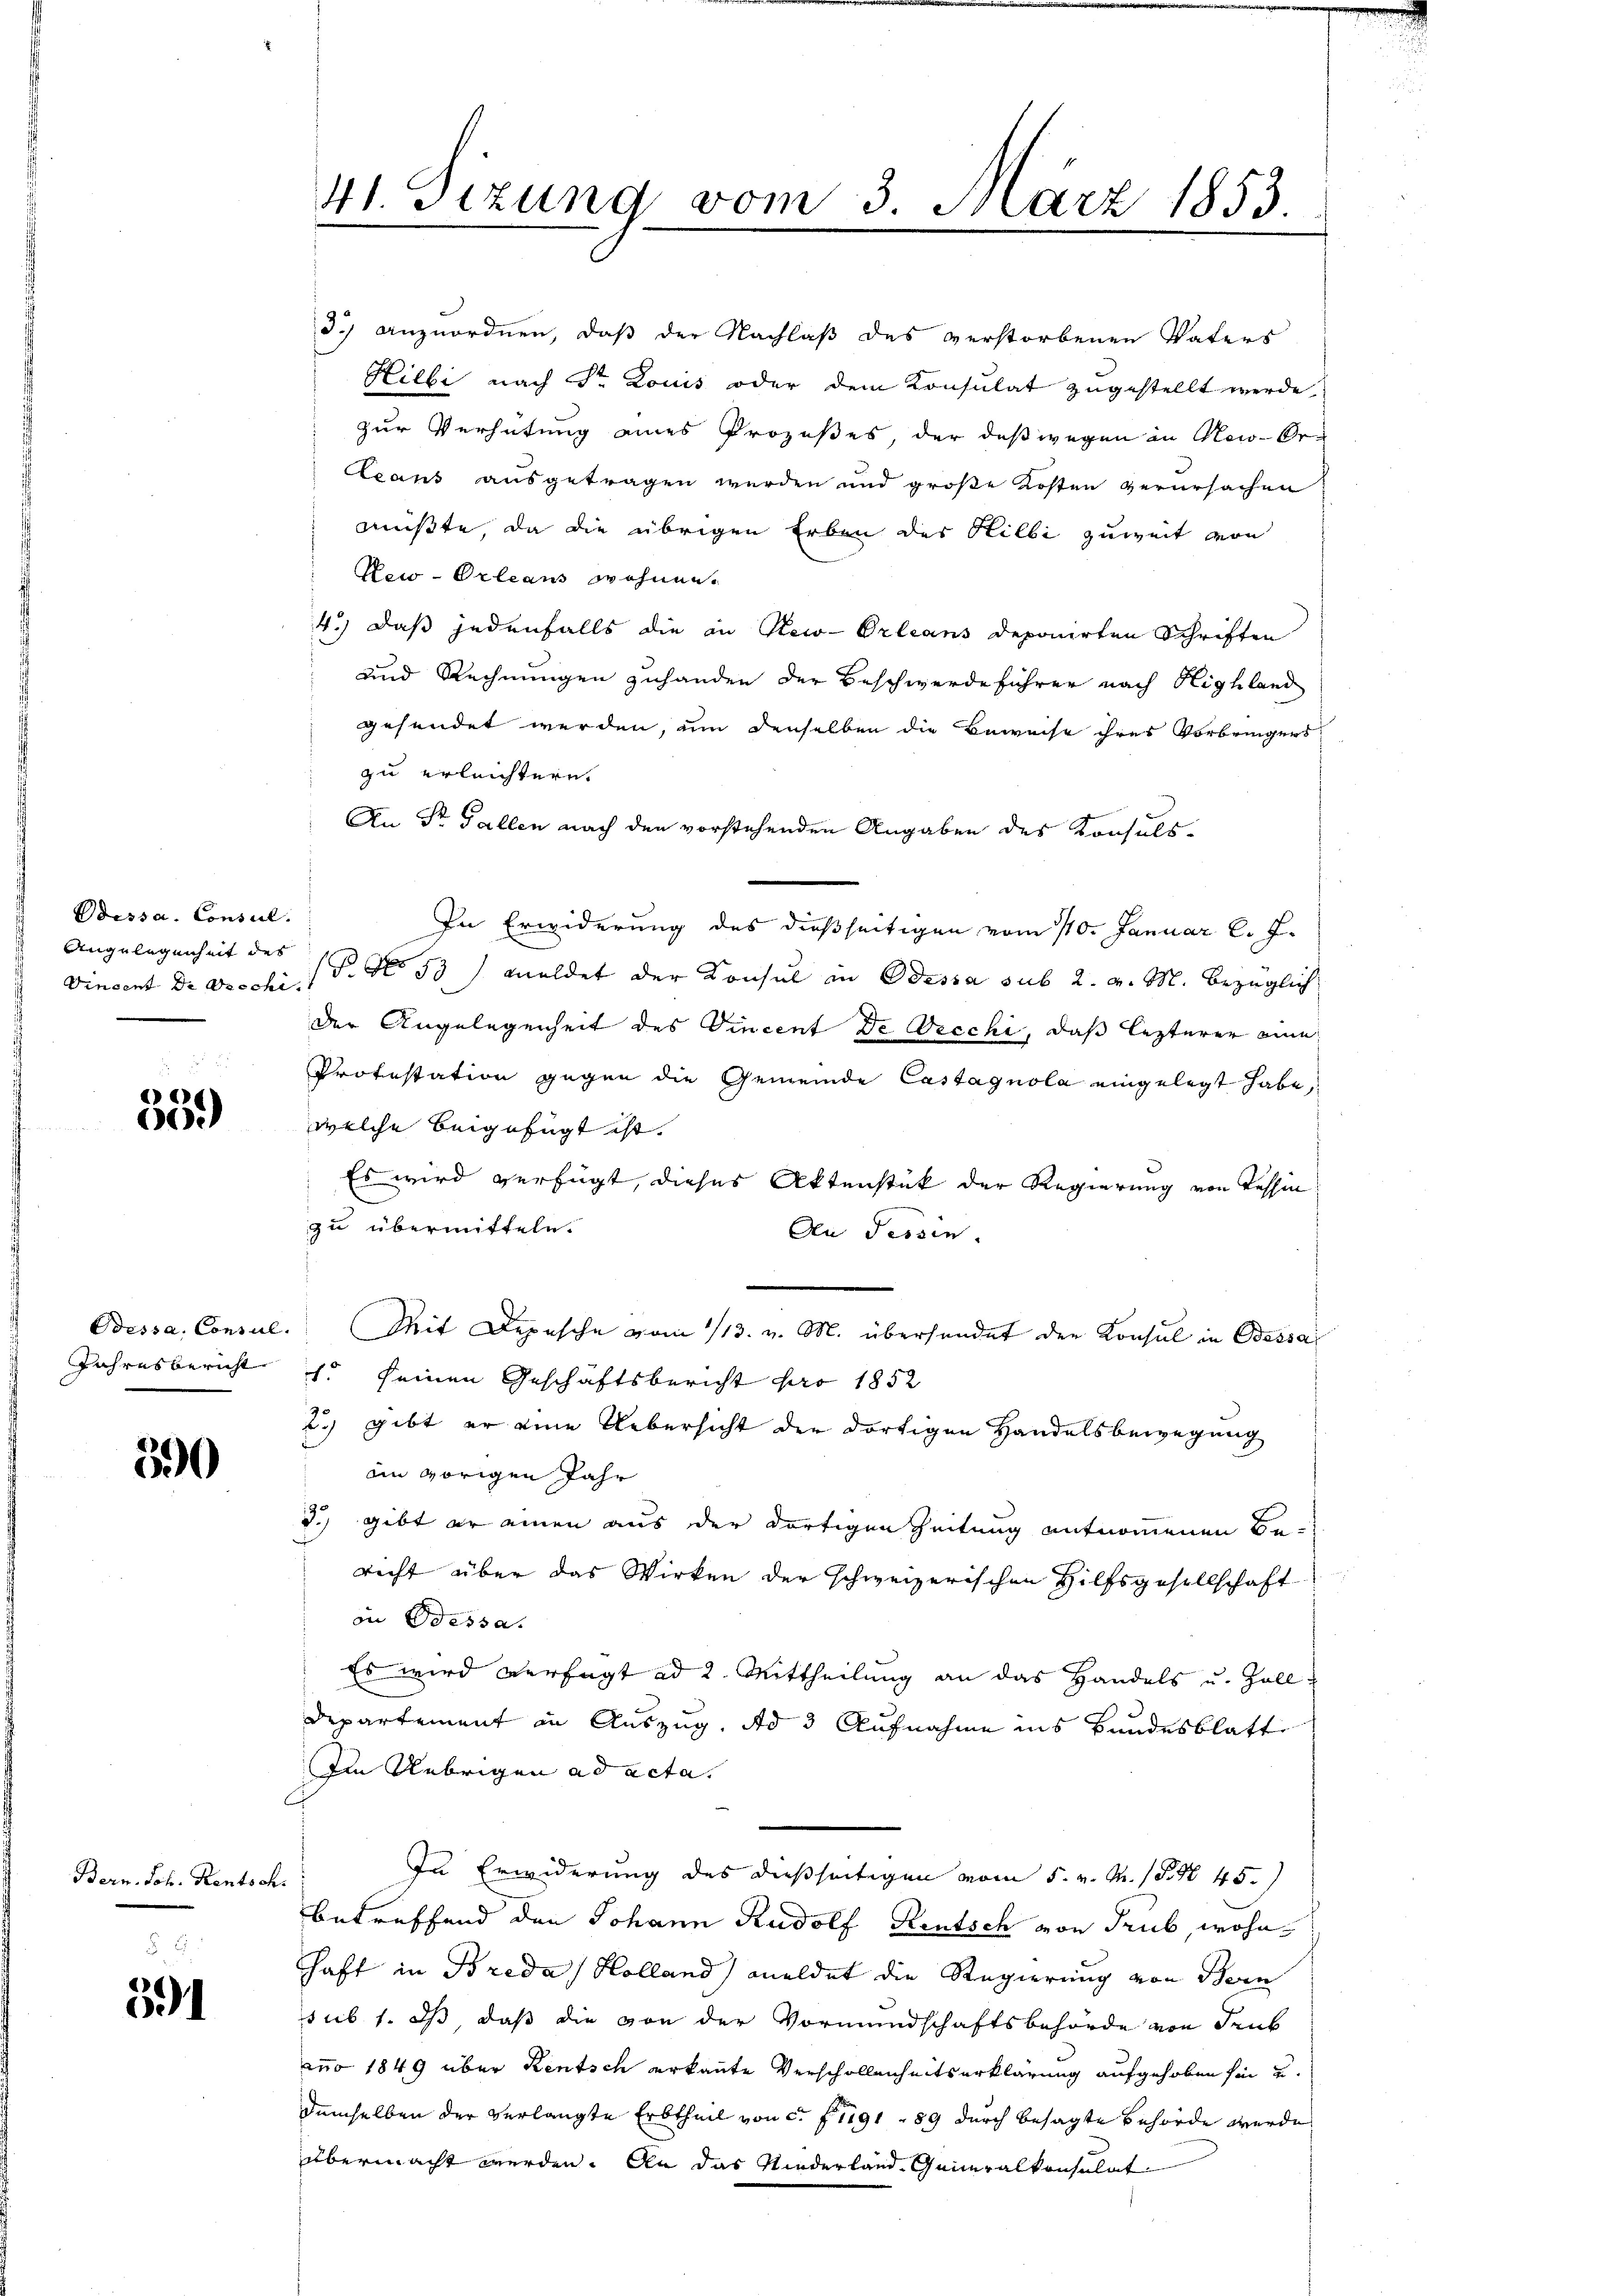
Dessa. Consul
Angelegenheit des
Vincent Dr Brechi.

e
)

Odessa, Consul
Jahresbericht

550

Bern. Joh. Rentsch.

591

41. Sizung vom 3. März 1853.
e

3.) anzuordnen, daß der Nachlaß des verstorbenen Vaters
Killi nach Sr. Louis oder dem Konsulat zugestellt werde,
zur Verhütung eines Prozeßes der deßwegen in No-Se
cans ausgetragen werden und große Kosten verursachen
müßte, da die übrigen Erben des Hilbi zuweit von
New-Orleans wohnen.
4.) Daß jedenfalls die in New-Orleans deponirten Schriften
und Rechnungen zuhanden der Beschwerdeführer nach Highland
gesendet werden, um denselben die Bewache ihres Vorbringers
zu erleichtern.
An Dr. Gallen nach den vorstehenden Angaben des Konsuls
In Erwiderung des dießseitigen vom 110. Januar l. J.
P No 33) Meldet der Konsul in Odessa sub 2. v. M. bezüglich
der Angelegenheit des Vincent de Decchi, daß lezterer eine
Protestation gegen die Gemeinde Castagnola eingelegt habe,
welche beigefügt ist.
Es wird verfügt, dieses Aktenstück der Regierung von Tessin
zu übermitteln.
An Tessin.
Mit Depesche vom 13. v. M. übersendet der Konsul in Bassa
s. seinen Geschäftsbericht pro 1852
2) gibt er eine Uebersicht der dortigen Handelsbewegung
an vorigen Jahr
3.) gibt er einen aus der dortigen Zeitung entnommenen Bericht über das Wirken der schweizerischen Hilfsgesellschaft
in Bessa.
Es wird verfügt ad 2. Mittheilung an das Handels u. Zoll:
Departement in Auszug, Ad 3 Aufnahme ins Bundesblatt
Im Uebrigen ad acta.
In Erwiderung des dießseitigen vom 5. v. M. (S. 45.
betreffend den Johann Rudolf Rentsch von Trub, wohnhaft in Breda Holland) meldet die Regierung von Bern
sub 1. ds, daß die von der Vormundschaftsbehörde von den
zno 1849 über Rentsch erkannte Verschollenheitserklärung aufgehoben hin u
demselben der verlangte Erbtheil von c. f. 1191, 89 durch besagte Behörde werde
übermacht werden. An das Niederland Generalkonsulat